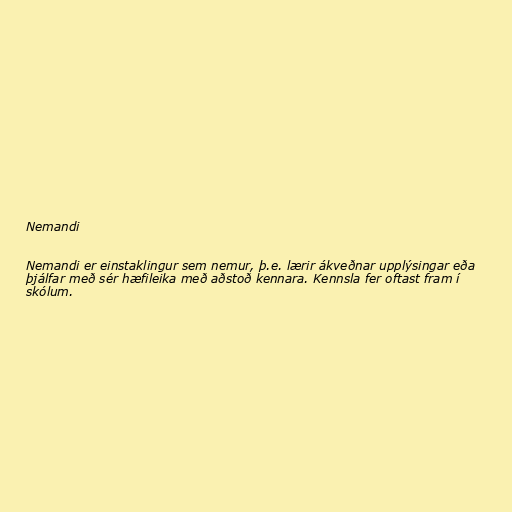
Nemandi

Nemandi er einstaklingur sem nemur, þ.e. lærir ákveðnar upplýsingar eða
þjálfar með sér hæfileika með aðstoð kennara. Kennsla fer oftast fram í
skólum.